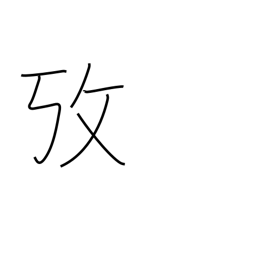
Meaning: examine